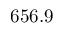
6 5 6 . 9